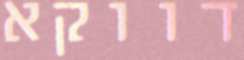
דווקא